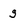
Character: g